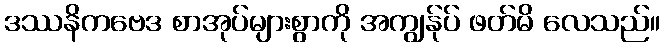
ဒဿနိကဗေဒ စာအုပ်များစွာကို အကျွန်ုပ် ဖတ်မိ လေသည်။